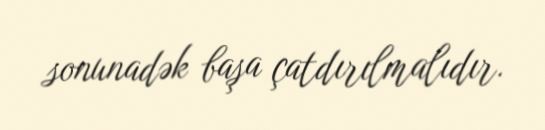
sonunadək başa çatdırılmalıdır.